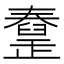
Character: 𦦜